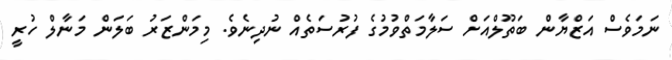
ނަމަވެސް އަޒްޔާން ބަތޫލްއަށް ސަލާމަތްވުމުގެ ފުރުސަތެއް ނުދިނެވެ. މިމަންޒަރު ބަލަން މަނާލް ހުރީ